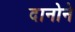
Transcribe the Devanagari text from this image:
दानोने